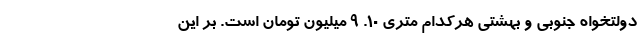
دولتخواه جنوبی و بهشتی هرکدام متری ۱۰. ۹ میلیون تومان است. بر این